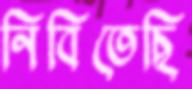
নিবিতেছি